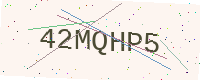
Text: 42MQHP5